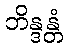
ဘိန္ဒန္တံ